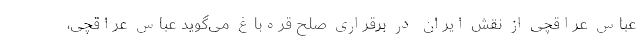
عباس عراقچی از نقش ایران در برقراری صلح قره‌باغ می‌گوید عباس عراقچی،